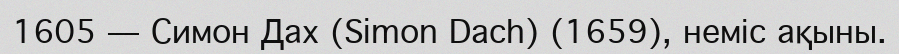
1605 — Симон Дах (Simon Dach) (1659), неміс ақыны.